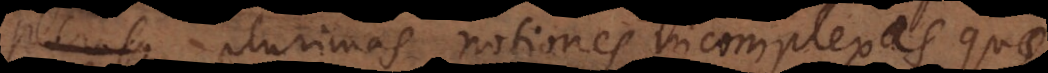
perio plurimas notiones incomplexas quae